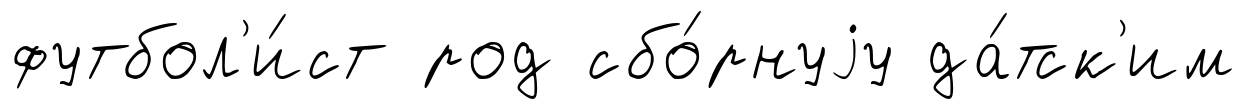
футбол'и́ст род сбо́рнуjу да́тск'им